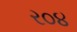
ર૦૪